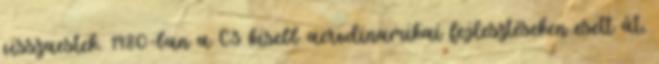
visszaestek. 1980-ban a C3 kisebb aerodinamikai fejlesztéseken esett át,